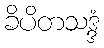
ခိပိတသဒ္ဒံ